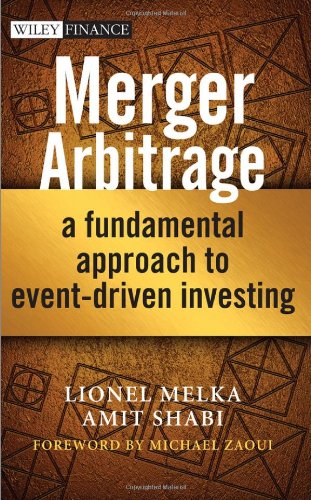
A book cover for Merger Arbitrage: A Fundamental Approach to Event-Driven Investing; Lionel Melka; Business & Money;